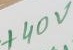
Text: +40 V